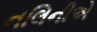
નલિનીએ